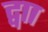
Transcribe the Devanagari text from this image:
द्वाा